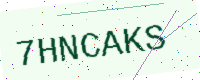
Text: 7HNCAKS